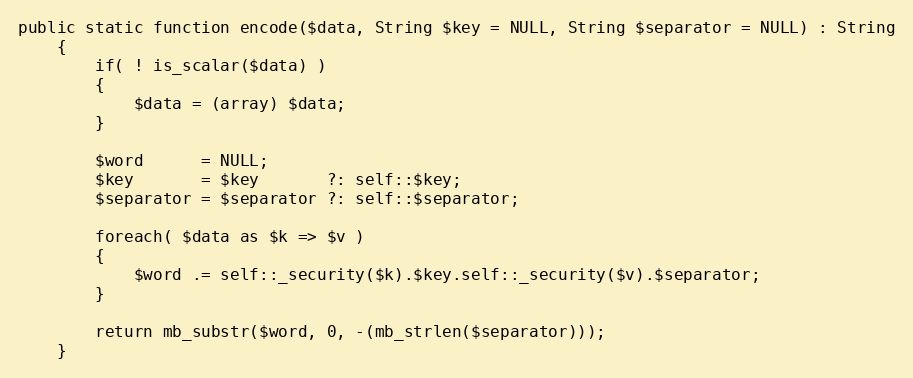
Language: PHP
public static function encode($data, String $key = NULL, String $separator = NULL) : String
    {
        if( ! is_scalar($data) )
        {
            $data = (array) $data;
        }

        $word      = NULL;
        $key       = $key       ?: self::$key;
        $separator = $separator ?: self::$separator;

        foreach( $data as $k => $v )
        {
            $word .= self::_security($k).$key.self::_security($v).$separator;
        }

        return mb_substr($word, 0, -(mb_strlen($separator)));
    }